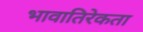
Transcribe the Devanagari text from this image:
भावातिरेकता